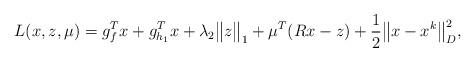
LaTeX: \begin{align*}L(x,z,\mu) = g^T_f x + g^T_{h_1} x + \lambda_2 \big\|z\big\|_{1} + \mu^T (Rx - z) + \frac{1}{2}\big\|x - x^k\big\|^2_D,\end{align*}